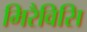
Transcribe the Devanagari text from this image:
मिरैविसि